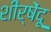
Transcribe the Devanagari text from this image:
शीर्षेंदू